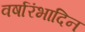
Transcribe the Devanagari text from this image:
वर्षारंभादिन